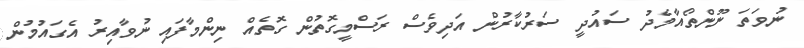
ނުވަތަ ނޫންތޯއާމެދު ސައުދީ ސަރުކާރުން އަދިވެސް ރަސްމީގޮތުން ގޮތެއް ނިންމާފައި ނުވާއިރު އެގައުމުން